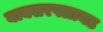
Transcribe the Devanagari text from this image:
बाक्सरफ्लायड